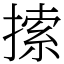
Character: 𢱢